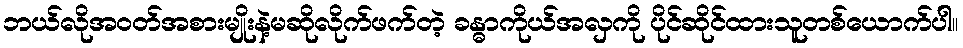
ဘယ်လိုအ၀တ်အစားမျိုးနဲ့မဆိုလိုက်ဖက်တဲ့ ခန္ဓာကိုယ်အလှကို ပိုင်ဆိုင်ထားသူတစ်ယောက်ပါ။